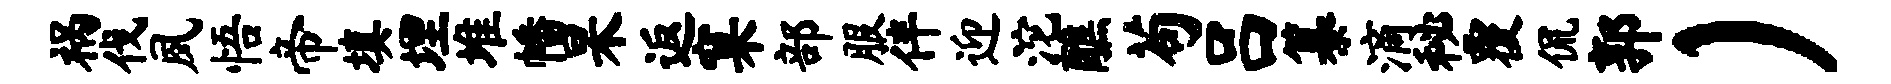
祸伐夙悟帝填埋堆幡杲返窠部服伴迎沱醮苟吕纂滴秘覆侃郭）